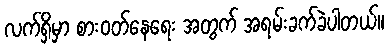
လက်ရှိမှာ စားဝတ်နေရေး အတွက် အရမ်းခက်ခဲပါတယ်။